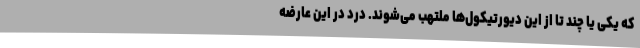
که یکی یا چند تا از این دیورتیکول‌ها ملتهب می‌شوند. درد در این عارضه